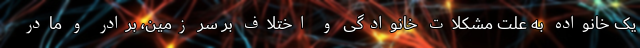
یک خانواده به علت مشکلات خانوادگی و اختلاف بر سر زمین، برادر و مادر